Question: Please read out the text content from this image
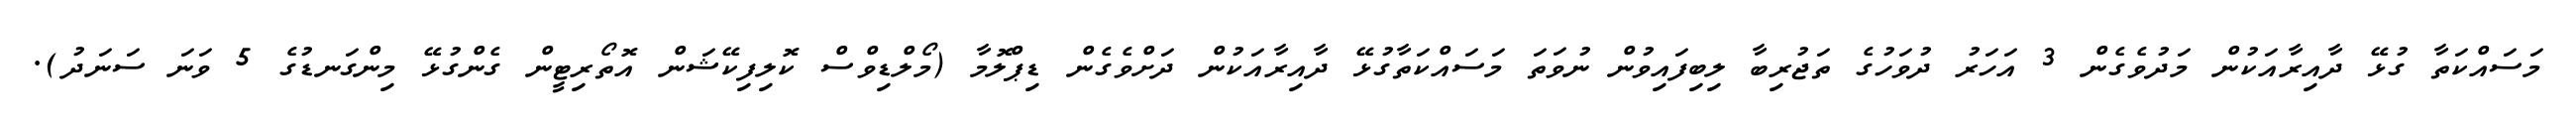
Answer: މަސައްކަތާ ގުޅޭ ދާއިރާއަކުން މަދުވެގެން 3 އަހަރު ދުވަހުގެ ތަޖުރިބާ ލިބިފައިވުން ނުވަތަ މަސައްކަތާގުޅޭ ދާއިރާއަކުން ދަށްވެގެން ޑިޕްލޮމާ (މޯލްޑިވްސް ކޮލިފިކޭޝަން އޮތޯރިޓީން ގެންގުޅޭ މިންގަނޑުގެ 5 ވަނަ ސަނަދު).